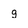
Character: g